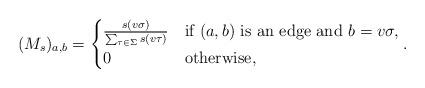
LaTeX: \begin{align*}(M_s)_{a,b}&=\begin{cases}\frac{s(v\sigma)}{\sum_{\tau\in\Sigma}s(v\tau)} & \mbox{if }(a,b)\mbox{ is an edge and }b=v\sigma,\\0 & \mbox{otherwise},\end{cases}.\end{align*}